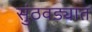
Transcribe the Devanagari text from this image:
सुंठवड्यात